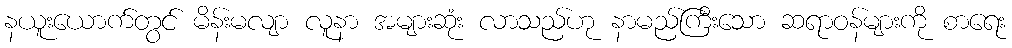
နယူးယောက်တွင် မိန်းမလျာ လူနာ အများဆုံး လာသည်ဟု နာမည်ကြီးသော ဆရာဝန်များကို စာရေး